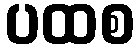
ပထစ